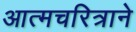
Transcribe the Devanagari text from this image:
आत्मचरित्राने